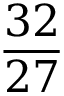
\frac { 3 2 } { 2 7 }